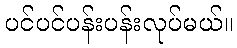
ပင်ပင်ပန်းပန်းလုပ်မယ်။